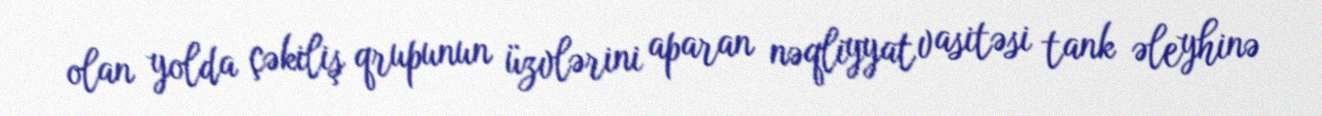
olan yolda çəkiliş qrupunun üzvlərini aparan nəqliyyat vasitəsi tank əleyhinə